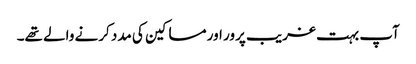
آپ بہت غریب پرور اور مساکین کی مدد کرنے والے تھے۔